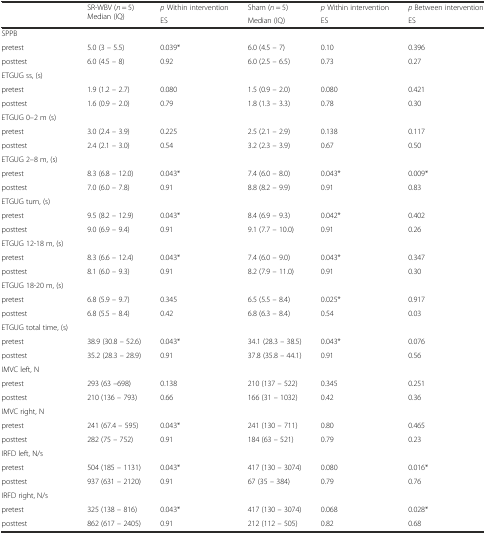
<table><thead><tr><td rowspan="2"></td><td rowspan="2"><b>SR-WBV (<i>n</i> = 5) Median (IQ)</b></td><td><b><i>p</i> Within intervention</b></td><td><b>Sham (<i>n</i> = 5)</b></td><td><b><i>p</i> Within intervention</b></td><td><b><i>p</i> Between intervention</b></td></tr><tr><td><b>ES</b></td><td><b>Median (IQ)</b></td><td><b>ES</b></td><td><b>ES</b></td></tr></thead><tbody><tr><td>SPPB</td><td></td><td></td><td></td><td></td><td></td></tr><tr><td>pretest</td><td>5.0 (3 – 5.5)</td><td>0.039*</td><td>6.0 (4.5 – 7)</td><td>0.10</td><td>0.396</td></tr><tr><td>posttest</td><td>6.0 (4.5 – 8)</td><td>0.92</td><td>6.0 (2.5 – 6.5)</td><td>0.73</td><td>0.27</td></tr><tr><td>ETGUG ss, (s)</td><td></td><td></td><td></td><td></td><td></td></tr><tr><td>pretest</td><td>1.9 (1.2 – 2.7)</td><td>0.080</td><td>1.5 (0.9 – 2.0)</td><td>0.080</td><td>0.421</td></tr><tr><td>posttest</td><td>1.6 (0.9 – 2.0)</td><td>0.79</td><td>1.8 (1.3 – 3.3)</td><td>0.78</td><td>0.30</td></tr><tr><td>ETGUG 0–2 m (s)</td><td></td><td></td><td></td><td></td><td></td></tr><tr><td>pretest</td><td>3.0 (2.4 – 3.9)</td><td>0.225</td><td>2.5 (2.1 – 2.9)</td><td>0.138</td><td>0.117</td></tr><tr><td>posttest</td><td>2.4 (2.1 – 3.0)</td><td>0.54</td><td>3.2 (2.3 – 3.9)</td><td>0.67</td><td>0.50</td></tr><tr><td>ETGUG 2–8 m, (s)</td><td></td><td></td><td></td><td></td><td></td></tr><tr><td>pretest</td><td>8.3 (6.8 – 12.0)</td><td>0.043*</td><td>7.4 (6.0 – 8.0)</td><td>0.043*</td><td>0.009*</td></tr><tr><td>posttest</td><td>7.0 (6.0 – 7.8)</td><td>0.91</td><td>8.8 (8.2 – 9.9)</td><td>0.91</td><td>0.83</td></tr><tr><td>ETGUG turn, (s)</td><td></td><td></td><td></td><td></td><td></td></tr><tr><td>pretest</td><td>9.5 (8.2 – 12.9)</td><td>0.043*</td><td>8.4 (6.9 – 9.3)</td><td>0.042*</td><td>0.402</td></tr><tr><td>posttest</td><td>9.0 (6.9 – 9.4)</td><td>0.91</td><td>9.1 (7.7 – 10.0)</td><td>0.91</td><td>0.26</td></tr><tr><td>ETGUG 12-18 m, (s)</td><td></td><td></td><td></td><td></td><td></td></tr><tr><td>pretest</td><td>8.3 (6.6 – 12.4)</td><td>0.043*</td><td>7.4 (6.0 – 9.0)</td><td>0.043*</td><td>0.347</td></tr><tr><td>posttest</td><td>8.1 (6.0 – 9.3)</td><td>0.91</td><td>8.2 (7.9 – 11.0)</td><td>0.91</td><td>0.30</td></tr><tr><td>ETGUG 18-20 m, (s)</td><td></td><td></td><td></td><td></td><td></td></tr><tr><td>pretest</td><td>6.8 (5.9 – 9.7)</td><td>0.345</td><td>6.5 (5.5 – 8.4)</td><td>0.025*</td><td>0.917</td></tr><tr><td>posttest</td><td>6.8 (5.5 – 8.4)</td><td>0.42</td><td>6.8 (6.3 – 8.4)</td><td>0.54</td><td>0.03</td></tr><tr><td>ETGUG total time, (s)</td><td></td><td></td><td></td><td></td><td></td></tr><tr><td>pretest</td><td>38.9 (30.8 – 52.6)</td><td>0.043*</td><td>34.1 (28.3 – 38.5)</td><td>0.043*</td><td>0.076</td></tr><tr><td>posttest</td><td>35.2 (28.3 – 28.9)</td><td>0.91</td><td>37.8 (35.8 – 44.1)</td><td>0.91</td><td>0.56</td></tr><tr><td>IMVC left, N</td><td></td><td></td><td></td><td></td><td></td></tr><tr><td>pretest</td><td>293 (63 –698)</td><td>0.138</td><td>210 (137 – 522)</td><td>0.345</td><td>0.251</td></tr><tr><td>posttest</td><td>210 (136 – 793)</td><td>0.66</td><td>166 (31 – 1032)</td><td>0.42</td><td>0.36</td></tr><tr><td>IMVC right, N</td><td></td><td></td><td></td><td></td><td></td></tr><tr><td>pretest</td><td>241 (67.4 – 595)</td><td>0.043*</td><td>241 (130 – 711)</td><td>0.80</td><td>0.465</td></tr><tr><td>posttest</td><td>282 (75 – 752)</td><td>0.91</td><td>184 (63 – 521)</td><td>0.79</td><td>0.23</td></tr><tr><td>IRFD left, N/s</td><td></td><td></td><td></td><td></td><td></td></tr><tr><td>pretest</td><td>504 (185 – 1131)</td><td>0.043*</td><td>417 (130 – 3074)</td><td>0.080</td><td>0.016*</td></tr><tr><td>posttest</td><td>937 (631 – 2120)</td><td>0.91</td><td>67 (35 – 384)</td><td>0.79</td><td>0.76</td></tr><tr><td>IRFD right, N/s</td><td></td><td></td><td></td><td></td><td></td></tr><tr><td>pretest</td><td>325 (138 – 816)</td><td>0.043*</td><td>417 (130 – 3074)</td><td>0.068</td><td>0.028*</td></tr><tr><td>posttest</td><td>862 (617 – 2405)</td><td>0.91</td><td>212 (112 – 505)</td><td>0.82</td><td>0.68</td></tr></tbody></table>